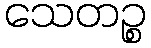
သေတဉ္စ